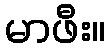
မာဖီး။